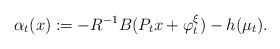
\begin{align*}\alpha_t(x):=-R^{-1}B(P_tx+\varphi_t^\xi)-h(\mu_t).\end{align*}